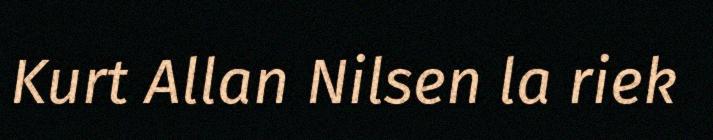
Kurt Allan Nilsen la riek